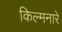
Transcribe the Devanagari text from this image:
किल्मनारे